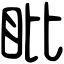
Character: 䀝